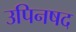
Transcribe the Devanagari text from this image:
उपिनषद